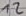
Text: 12